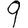
Digit: 9